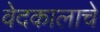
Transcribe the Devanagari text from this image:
वेदकालाचे